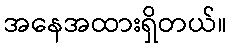
အနေအထားရှိတယ်။